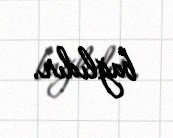
bağlıdır.